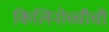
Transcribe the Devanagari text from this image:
किलिनोच्चीची